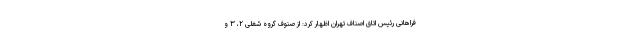
فراهانی رئیس اتاق اصناف تهران اظهار کرد: از صنوف گروه شغلی ۲، ۳ و